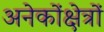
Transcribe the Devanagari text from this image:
अनेकोंक्षेत्रों